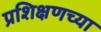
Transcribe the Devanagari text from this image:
प्रशिक्षणच्या